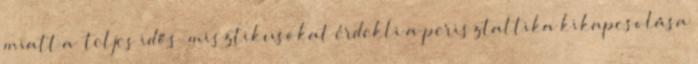
miatt a „teljes idős” misztikusokat érdekli a perisztaltika kikapcsolása